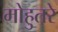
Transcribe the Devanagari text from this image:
मोहुतरे